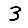
Digit: 3